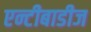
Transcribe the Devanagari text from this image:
एन्टीबाडीज